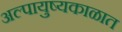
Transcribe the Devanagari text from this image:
अल्पायुष्यकाळात